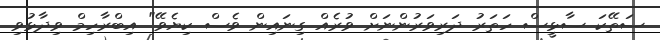
ސަތޭކަ ސާޅީސް ހަތަރު ދަރިވަރުންނަށް ވުރެއް ގިނައިން ވެސް ކިޔެވޭ" އިބްރާހިމް ވިދާޅުވި